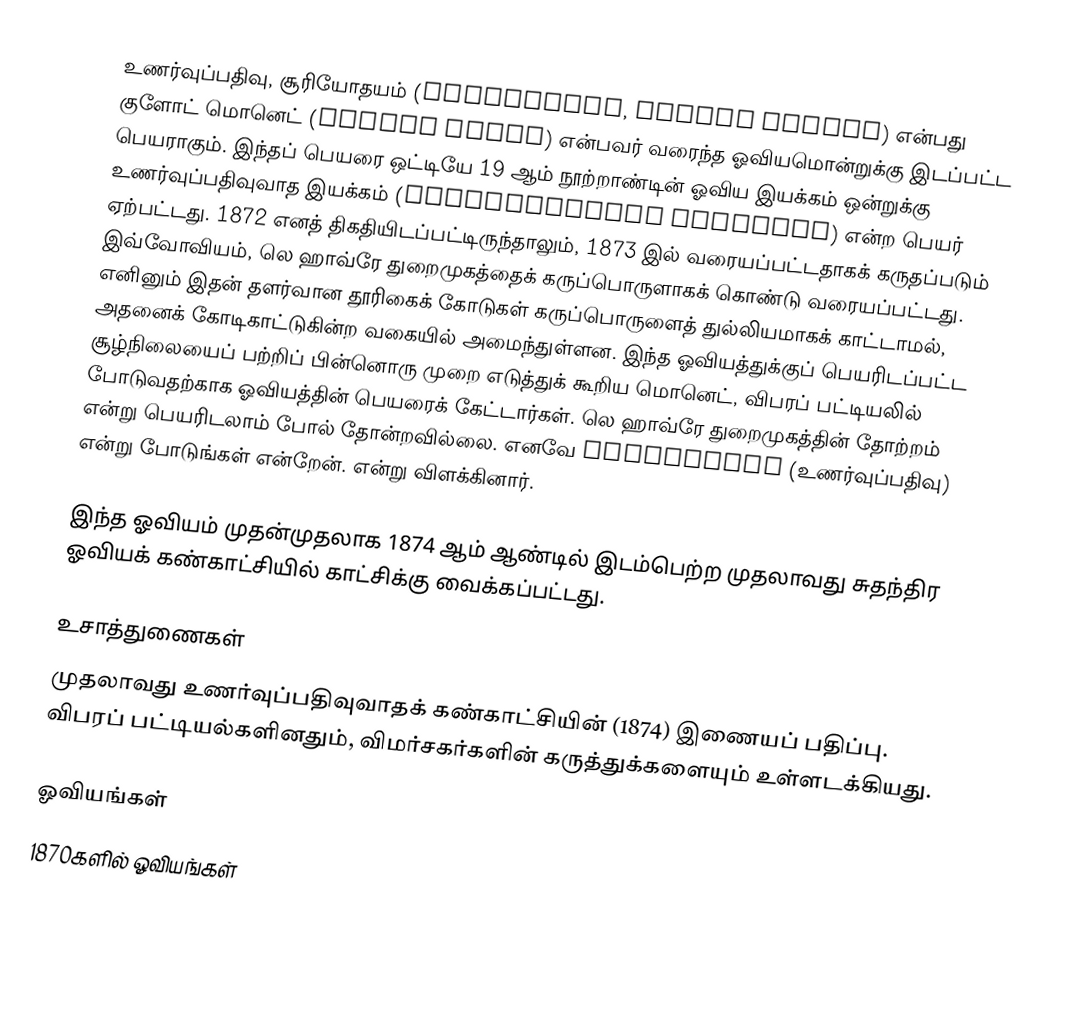
உணர்வுப்பதிவு, சூரியோதயம் (Impression, soleil levant) என்பது குளோட் மொனெட் (Claude Monet) என்பவர் வரைந்த ஓவியமொன்றுக்கு இடப்பட்ட பெயராகும். இந்தப் பெயரை ஒட்டியே 19 ஆம் நூற்றாண்டின் ஓவிய இயக்கம் ஒன்றுக்கு உணர்வுப்பதிவுவாத இயக்கம் (Impressionist Movement) என்ற பெயர் ஏற்பட்டது. 1872 எனத் திகதியிடப்பட்டிருந்தாலும், 1873 இல் வரையப்பட்டதாகக் கருதப்படும் இவ்வோவியம், லெ ஹாவ்ரே துறைமுகத்தைக் கருப்பொருளாகக் கொண்டு வரையப்பட்டது. எனினும் இதன் தளர்வான தூரிகைக் கோடுகள் கருப்பொருளைத் துல்லியமாகக் காட்டாமல், அதனைக் கோடிகாட்டுகின்ற வகையில் அமைந்துள்ளன. இந்த ஓவியத்துக்குப் பெயரிடப்பட்ட சூழ்நிலையைப் பற்றிப் பின்னொரு முறை எடுத்துக் கூறிய மொனெட், விபரப் பட்டியலில் போடுவதற்காக ஓவியத்தின் பெயரைக் கேட்டார்கள். லெ ஹாவ்ரே துறைமுகத்தின் தோற்றம் என்று பெயரிடலாம் போல் தோன்றவில்லை. எனவே Impression (உணர்வுப்பதிவு) என்று போடுங்கள் என்றேன். என்று விளக்கினார்.

இந்த ஓவியம் முதன்முதலாக 1874 ஆம் ஆண்டில் இடம்பெற்ற முதலாவது சுதந்திர ஓவியக் கண்காட்சியில் காட்சிக்கு வைக்கப்பட்டது.

உசாத்துணைகள்
 முதலாவது உணர்வுப்பதிவுவாதக் கண்காட்சியின் (1874) இணையப் பதிப்பு. விபரப் பட்டியல்களினதும், விமர்சகர்களின் கருத்துக்களையும் உள்ளடக்கியது.

ஓவியங்கள்
1870களில் ஓவியங்கள்